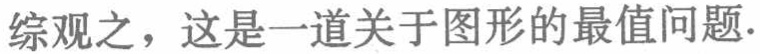
综观之，这是一道关于图形的最值问题.